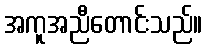
အကူအညီတောင်းသည်။